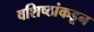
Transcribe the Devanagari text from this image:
वशिष्ठांकडून